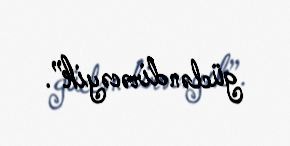
gücləndirəcəyik”.